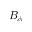
B _ { \phi }